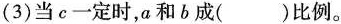
(3)当c一定时，a和b成()比例。